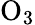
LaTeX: \mathrm{{O_{3}}}